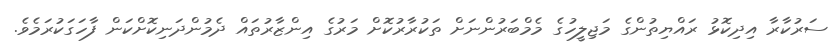
ސަރުކާރާ އިދިކޮޅު ރައްޔިތުންގެ މަޖިލީހުގެ މެމްބަރުންނަށް ތަކުރާރުކޮށް މަރުގެ އިންޒާރުތައް ދެމުންދަނިކޮށްކަން ފާހަގަކުރަމެވެ.